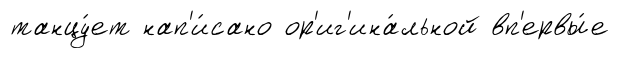
танцу́ет нап'и́сано ор'иг'ина́льной вп'ервы́е